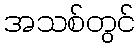
အသစ်တွင်